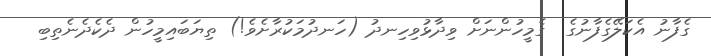
ގެފާނު އެކަލޭގެފާނުގެ  ގެމީހުންނަށް ވިދާޅުވިހިނދު (ހަނދުމަކުރާށެވެ!) ތިޔަބައިމީހުން ދެކެދެނެތިބި